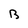
Character: B